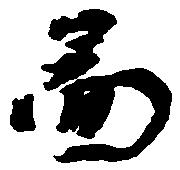
図